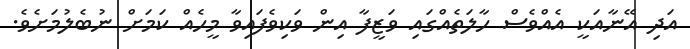
އަދި އޭނާއަކީ އެއްވެސް ހާލަތެއްގައި ވަޒީފާ އިން ވަކިވެފައިވާ މީހެއް ކަމަށް ނުބެލުމަށެވެ.